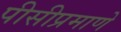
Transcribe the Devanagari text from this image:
पीसीप्रमाणे